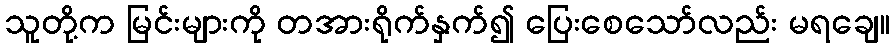
သူတို့က မြင်းများကို တအားရိုက်နှက်၍ ပြေးစေသော်လည်း မရချေ။